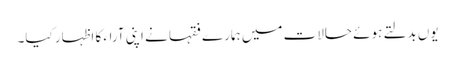
یوں بدلتے ہوئے حالات میں ہمارے فقہا نے اپنی آراء کا اظہار کیا۔